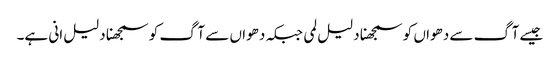
جیسے آگ سے دھواں کو سمجھنا دلیل لمی جبکہ دھواں سے آگ کو سمجھنا دلیل انی ہے۔